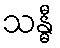
သန္ဓီ